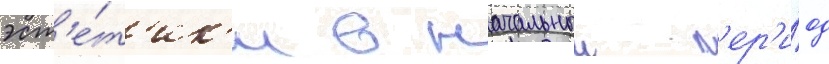
эст'е́т'ик'и в начальныи п'ер'и́од